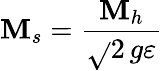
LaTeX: \mathbf{M}_{s}=\frac{{\mathbf{M}_{h}}}{{\sqrt{}{{2}}\, g\varepsilon}}